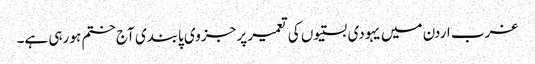
غرب اردن میں یہودی بستیوں کی تعمیر پر جزوی پابندی آج ختم ہو رہی ہے۔